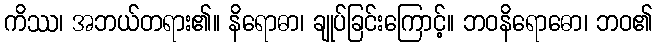
ကိဿ၊ အဘယ်တရား၏။ နိရောဓာ၊ ချုပ်ခြင်းကြောင့်။ ဘဝနိရောဓော၊ ဘဝ၏